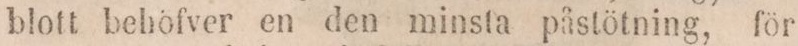
blott behofver en den minsta påstötning, för